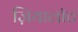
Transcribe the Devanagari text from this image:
ज़ियालॉट